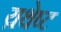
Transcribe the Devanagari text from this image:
य़थेष्ट